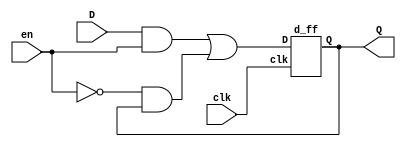
module d_ffe(
	input D, en, clk,
	output Q
	);
	wire and1, and2, n_en, or1;
	
	assign and1 = D & en;
	assign n_en = ~en;
	assign and2 = n_en & Q;
	assign or1 = and1 | and2;
	d_ff df1(.Q(Q),
				.D(or1),
				.clk(clk)
				);

endmodule

module d_ff(
	input D, clk,
	output Q
	);
	wire dlatch1;
	
	d_latch master(	.D(D), 
						.enable(~clk), 
						.Q(dlatch1)
					);
	d_latch slave(	.D(dlatch1),
						.enable(clk),
						.Q(Q)
					);
endmodule

module d_latch(
	input D, enable,
	output Q
	);
	wire nand1, nand2, Qn;
	
	assign nand1 = ~(D & enable);
	assign nand2 = ~(~D & enable);
	assign Q = ~(Qn & nand1);
	assign Qn = ~(nand2 & Q);
endmodule